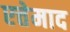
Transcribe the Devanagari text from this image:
एत्तेमाद